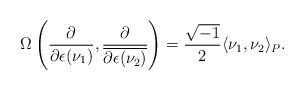
\begin{align*}\Omega\left(\frac{\partial}{\partial\epsilon(\nu_{1})},\frac{\partial}{\overline{\partial\epsilon(\nu_{2})}}\right)=\frac{\sqrt{-1}}{2}\langle\nu_{1},\nu_{2}\rangle_{P}.\end{align*}